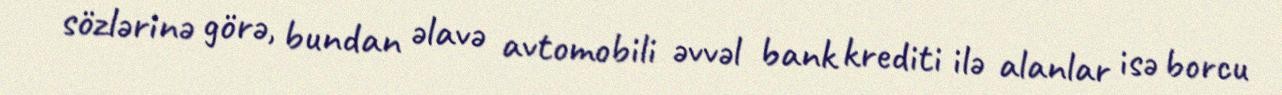
sözlərinə görə, bundan əlavə avtomobili əvvəl bank krediti ilə alanlar isə borcu